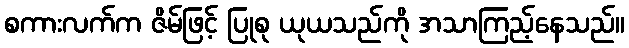
စကားလက်က ဇိမ်ဖြင့် ပြုစု ယုယသည်ကို အသာကြည့်နေသည်။